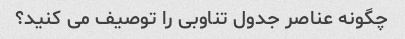
چگونه عناصر جدول تناوبی را توصیف می کنید؟